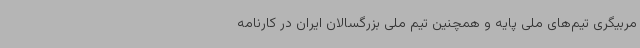
مربیگری تیم‌های ملی پایه و همچنین تیم ملی بزرگسالان ایران در کارنامه